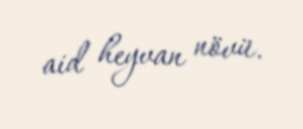
aid heyvan növü.